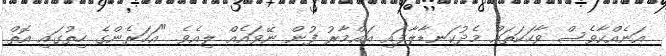
އަނެއްކާވެސް ވާހަކަތައް މެދުކަނޑާލާފައި އައްމާރު ފުން ނޭވައެއް ލިއެވެ. "އަހަރެންގެ ހިތުގައި އޮތް